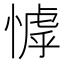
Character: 㦆